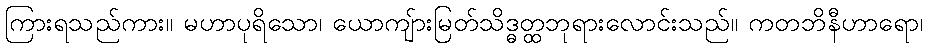
ကြားရသည်ကား။ မဟာပုရိသော၊ ယောကျ်ားမြတ်သိဒ္ဓတ္ထဘုရားလောင်းသည်။ ကတဘိနီဟာရော၊